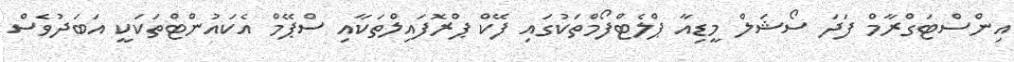
އިންސްޓަގްރާމް ފަދަ ސޯޝަލް މީޑިއާ ޕްލެޓްފޯމްތަކުގައި ފޭކް ޕްރޮފައިލްތަކާއި ސްޕޭމް އެކައުންޓްތަކަކީ އަބަދުވެސް